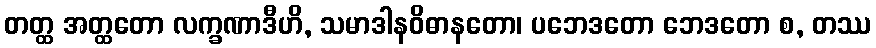
တတ္ထ အတ္ထတော လက္ခဏာဒီဟိ, သမာဒါနဝိဓာနတော၊ ပဘေဒတော ဘေဒတော စ, တဿ